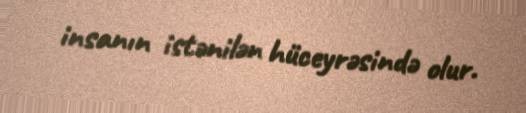
insanın istənilən hüceyrəsində olur.